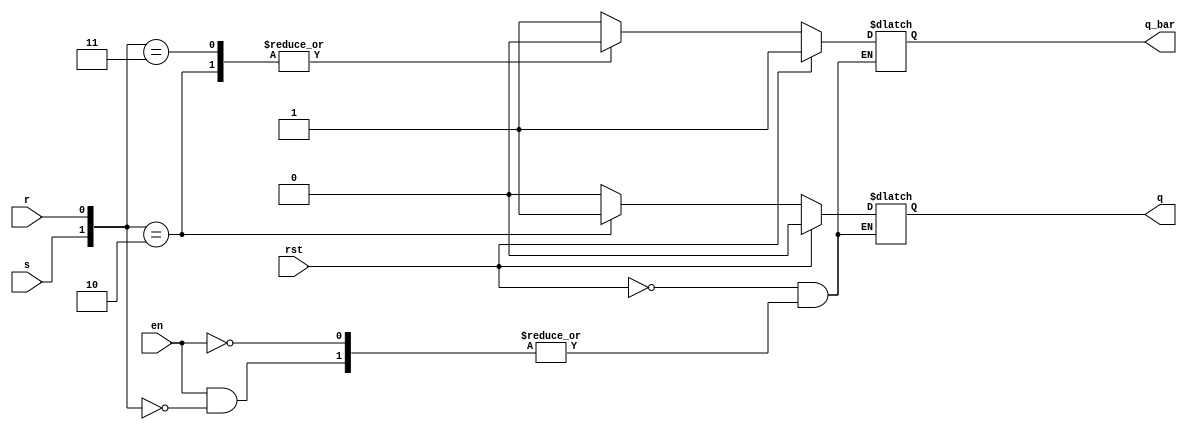
module sr_latch(s,r,en,rst,q,q_bar);
input s,r,en,rst;
output reg q,q_bar;
	
always @ (*)
begin
    
   if(rst)                //if system is at reset then q=0 and q_bar=1
   begin
   q<=0; 
   q_bar<=1;
   end
   else if(en) 
   begin
	   case({s,r})       
		 2'b00 : begin q<=q; q_bar<=q_bar; end
		 2'b01 : begin q<=0; q_bar<=1; end
		 2'b10 : begin q<=1; q_bar<=0; end
		 2'b11 : begin q<=0; q_bar<=0; end
		 default : begin q<=1'bx; q_bar<=1'bx; end
	    endcase
   end
end
	
endmodule